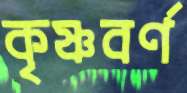
কৃষ্ণবর্ণ